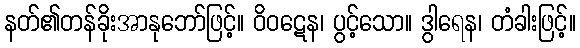
နတ်၏တန်ခိုးအာနုဘော်ဖြင့်။ ဝိဝဋေန၊ ပွင့်သော။ ဒွါရေန၊ တံခါးဖြင့်။